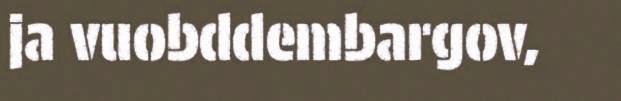
ja vuobddembargov,